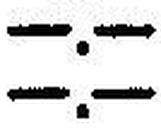
—.—